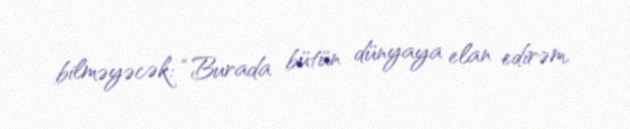
bilməyəcək: “Burada bütün dünyaya elan edirəm.